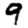
Digit: 9